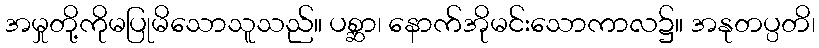
အမှုတို့ကိုမပြုမိသောသူသည်။ ပစ္ဆာ၊ နောက်အိုမင်းသောကာလ၌။ အနုတပ္ပတိ၊